Report on vaccination in Madras 1877-1894 - 1877-1894
Year: 1877
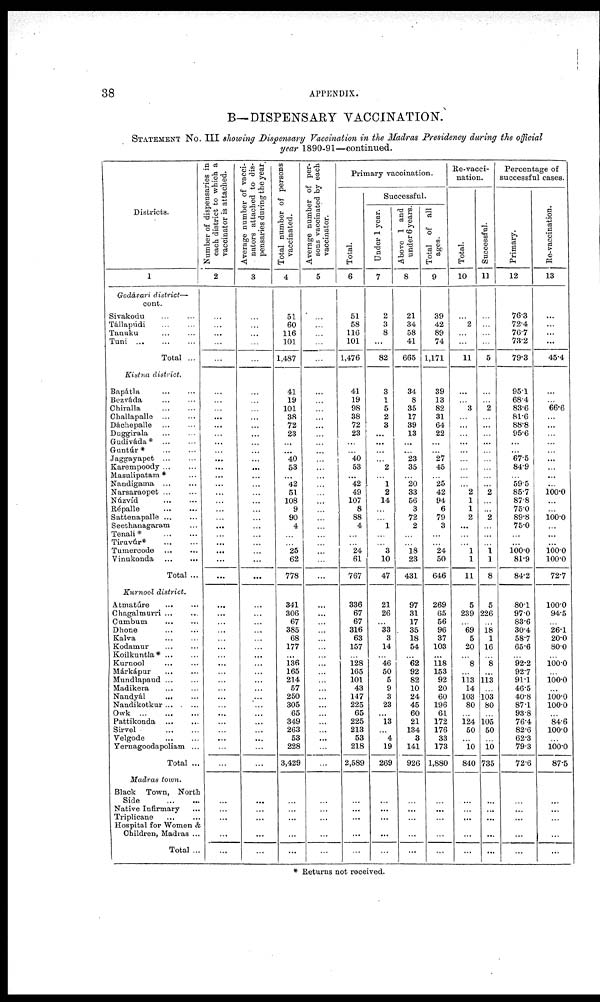
38
APPENDIX.
B— DISPENSARY VACCINATION.
STATEMENT NO. III showing Dispensary Vaccination in the Madras Presidency during the official
year 1890-91—continued.
Districts.
1
Godávari district—
cont.
Sivakodu ... ...
Tállapúdi
...
...
Tanuku ... ...
Tuni
...
...
...
Total ...
Kistna district.
Bapátla ... ...
Bezváda ... ...
Chiralla ... ...
Challapalle ... ...
Dáchepalle ... ...
Duggirala ... ...
Gudiváda*
...
...
Guntúr *
...
...
Jaggayapet
...
...
Karempoody ... ...
Masulipatam * ...
Nandigama
...
...
Narsaraopet ... ...
Núzvíd
...
...
Répalle
...
...
Sattenapalle ... ...
Seethanagaram ...
Tenali*
...
...
Tiruvúr* ... ...
Tumercode
...
...
Vinukonda
...
...
Total ...
Kurnool district.
Atmatúre
... ...
Chagalmurri ... ...
Cumbum
...
...
Dhone
...
...
Kalva
...
...
Kodamur
...
...
Koilkuntla* ... ...
Kurnool ... ...
Márkápur
...
...
Mundlapaud ... ...
Madikera ... ...
Nandyál ... ...
Nandikotkur ... ...
Owk
...
...
...
Pattikonda
...
...
Sirvel
...
...
Velgode ... ...
Yernagoodapoliam ...
Total ...
Madras town.
Black Town, North
Side
...
...
Native Infirmary
...
Triplicane
...
...
Hospital for Women &
Children, Madras ...
Total ...
Number of dispensaries in
each district to which a
vaccinator is attached.
2
...
...
...
...
...
...
...
...
...
...
...
...
...
...
...
...
...
...
...
...
...
...
...
...
...
...
...
...
...
...
...
...
...
...
...
...
...
...
...
...
...
...
...
...
...
...
...
...
...
...
...
Average number of vacci-
nators attached to dis-
pensaries during the year.
3
...
...
...
...
...
...
...
...
...
...
...
...
...
...
...
...
...
...
...
...
...
...
...
...
...
...
...
...
...
...
...
...
...
...
...
...
...
...
...
...
...
...
...
...
...
...
...
...
...
...
...
Total number of persons
vaccinated.
4
51
60
116
101
1,487
41
19
101
38
72
23
...
...
40
53
...
42
51
108
9
90
4
...
...
25
62
778
341
306
67
385
68
177
...
136
165
214
57
250
305
65
349
263
53
228
3,429
...
...
...
...
...
Average number of per-
sons vaccinated by each
vaccinator.
5
...
...
...
...
...
...
...
...
...
...
...
...
...
...
...
...
...
...
...
...
...
...
...
...
...
...
...
...
...
...
...
...
...
...
...
...
...
...
...
...
...
...
...
...
...
...
...
...
...
...
...
Primary vaccination.
Total.
6
51
58
116
101
1,476
41
19
98
38
72
23
...
...
40
53
...
42
49
107
8
88
4
...
...
24
61
767
336
67
67
316
63
157
...
128
165
101
43
147
225
65
225
213
53
218
2,589
...
...
...
...
...
Successful.
Under 1 year.
7
2
3
8
...
82
3
1
5
2
3
...
...
...
...
2
...
1
2
14
...
...
1
...
...
3
10
47
21
26
...
33
3
14
...
46
50
5
9
3
23
...
13
...
4
19
269
...
...
...
...
...
Above 1 and
under 6 years.
8
21
34
58
41
665
34
8
35
17
39
13
...
...
23
35
...
20
33
56
3
72
2
...
...
18
23
431
97
31
17
35
18
54
...
62
92
82
10
24
45
60
21
134
3
141
926
...
...
...
...
...
Total of all
ages.
9
39
42
89
74
1,171
39
13
82
31
64
22
...
...
27
45
...
25
42
94
6
79
3
...
...
24
50
646
269
65
56
96
37
103
...
118
153
92
20
60
196
61
172
176
33
173
1,880
...
...
...
...
...
Re-vacci-
nation.
Total.
10
...
2
...
...
11
...
...
3
...
...
...
...
...
...
...
...
...
2
1
1
2
...
...
...
1
1
11
5
239
...
69
5
20
...
8
...
113
14
103
80
...
124
50
...
10
840
...
...
...
...
...
Successful.
11
...
...
...
...
5
...
...
2
...
...
...
...
...
...
...
...
...
2
...
...
2
...
...
...
1
1
8
5
226
...
18
1
16
...
8
...
113
...
103
80
...
105
50
...
10
735
...
...
...
...
...
Percentage of
successful cases.
Primary.
12
76.3
72.4
76.7
73.2
79.3
95.1
68.4
83.6
81.6
88.8
95.6
...
...
67.5
84.9
...
59.5
85.7
87.8
75.0
89.8
75.0
...
...
100.0
81.9
84.2
80.1
97.0
83.6
30.4
58.7
65.6
...
92.2
92.7
91.1
46.5
40.8
87.1
93.8
76.4
82.6
62.3
79.3
72.6
...
...
...
...
...
Re- vaccination.
13
...
...
...
...
45.4
...
...
66.6
...
...
...
...
...
...
...
...
...
100.0
...
...
100.0
...
...
...
100.0
100.0
72.7
100.0
94.5
...
26.1
20.0
80.0
...
100.0
...
100.0
...
100.0
100.0
...
84.6
100.0
...
100.0
87.5
...
...
...
...
...
* Returns not received.